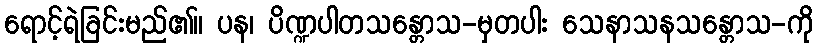
ရောင့်ရဲခြင်းမည်၏။ ပန၊ ပိဏ္ဍပါတသန္တောသ-မှတပါး သေနာသနသန္တောသ-ကို